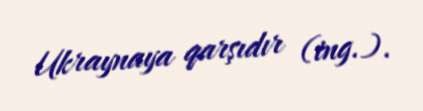
Ukraynaya qarşıdır (ing.).